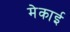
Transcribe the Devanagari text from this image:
मेकाई